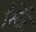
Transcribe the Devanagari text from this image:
स्टिंट